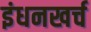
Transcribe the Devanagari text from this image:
इंधनखर्च